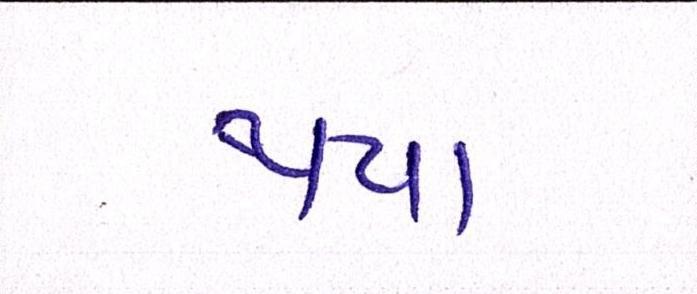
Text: થયા